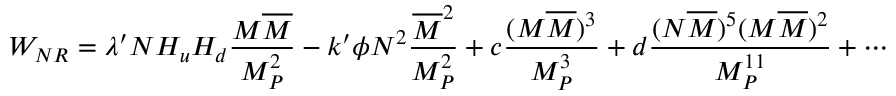
W _ { N R } = \lambda ^ { \prime } N H _ { u } H _ { d } \frac { M \overline { { { M } } } } { M _ { P } ^ { 2 } } - k ^ { \prime } \phi N ^ { 2 } \frac { \overline { { { M } } } ^ { 2 } } { M _ { P } ^ { 2 } } + c \frac { ( M \overline { { { M } } } ) ^ { 3 } } { M _ { P } ^ { 3 } } + d \frac { ( N \overline { { { M } } } ) ^ { 5 } ( M \overline { { { M } } } ) ^ { 2 } } { M _ { P } ^ { 1 1 } } + \cdots